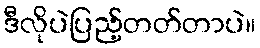
ဒီလိုပဲပြည့်တတ်တာပဲ။